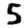
Digit: 5